Indian journal of veterinary science and animal husbandry - Volume 6,
Year: 1936
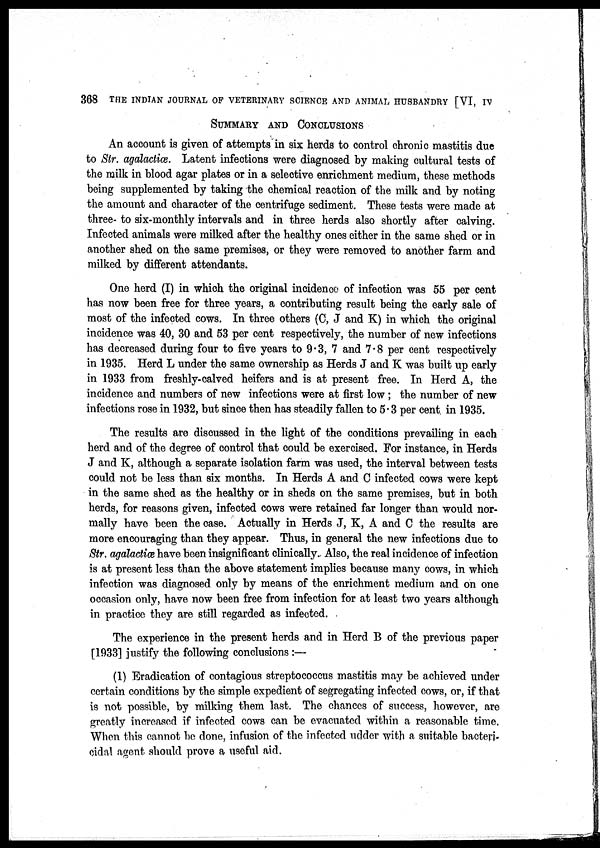
368 THE INDIAN JOURNAL OF VETERINARY SCIENCE AND ANIMAL HUSBANDRY [VI, IV
SUMMARY AND CONCLUSIONS
An account is given of attempts in six herds to control chronic mastitis due
to Str. agalactiæ. Latent infections were diagnosed by making cultural tests of
the milk in blood agar plates or in a selective enrichment medium, these methods
being supplemented by taking the chemical reaction of the milk and by noting
the amount and character of the centrifuge sediment. These tests were made at
three- to six-monthly intervals and in three herds also shortly after calving.
Infected animals were milked after the healthy ones either in the same shed or in
another shed on the same premises, or they were removed to another farm and
milked by different attendants.
One herd (I) in which the original incidence of infection was 55 per cent
has now been free for three years, a contributing result being the early sale of
most of the infected cows. In three others (C, J and K) in which the original
incidence was 40, 30 and 53 per cent respectively, the number of new infections
has decreased during four to five years to 9.3, 7 and 7.8 per cent respectively
in 1935. Herd L under the same ownership as Herds J and K was built up early
in 1933 from freshly-calved heifers and is at present free. In Herd A, the
incidence and numbers of new infections were at first low ; the number of new
infections rose in 1932, but since then has steadily fallen to 5 . 3 per cent in 1935.
The results are discussed in the light of the conditions prevailing in each
herd and of the degree of control that could be exercised. For instance, in Herds
J and K, although a separate isolation farm was used, the interval between tests
could not be less than six months. In Herds A and C infected cows were kept
in the same shed as the healthy or in sheds on the same premises, but in both
herds, for reasons given, infected cows were retained far longer than would nor-
mally have been the case. Actually in Herds J, K, A and C the results are
more encouraging than they appear. Thus, in general the new infections due to
Str. agalactiæ have been insignificant clinically. Also, the real incidence of infection
is at present less than the above statement implies because many cows, in which
infection was diagnosed only by means of the enrichment medium and on one
occasion only, have now been free from infection for at least two years although
in practice they are still regarded as infected.
The experience in the present herds and in Herd B of the previous paper
[1933] justify the following conclusions :—
(1) Eradication of contagious streptococcus mastitis may be achieved under
certain conditions by the simple expedient of segregating infected cows, or, if that
is not possible, by milking them last. The chances of success, however, are
greatly increased if infected cows can be evacuated within a reasonable time.
When this cannot be done, infusion of the infected udder with a suitable bacterid-
cidal agent should prove a useful aid.